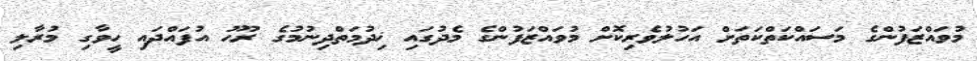
މުވައްޒަފުންގެ މަސައްކަތްކަތަށް އަހުލުވެރިކޮށް މުވައްޒަފުންގެ މެދުގައި ޚިދުމަތްދިނުމުގެ ރޫޙު އުފައްދައި ހީވާގި މުރާލި